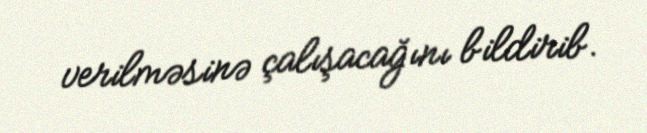
verilməsinə çalışacağını bildirib.